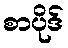
စာပိုဒ်